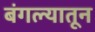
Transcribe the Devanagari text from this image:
बंगल्यातून